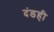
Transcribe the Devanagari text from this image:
दंडही